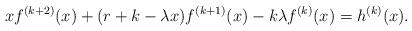
LaTeX: \begin{align*}xf^{(k+2)}(x)+(r+k-\lambda x)f^{(k+1)}(x)-k\lambda f^{(k)}(x)=h^{(k)}(x).\end{align*}